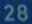
28